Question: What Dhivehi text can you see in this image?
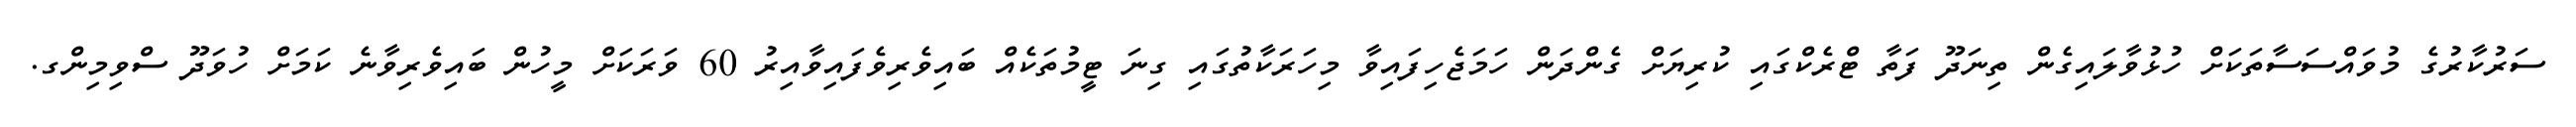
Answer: ސަރުކާރުގެ މުވައްސަސާތަކަށް ހުޅުވާލައިގެން ތިނަދޫ ފަތާ ޓްރެކްގައި ކުރިޔަށް ގެންދަން ހަމަޖެހިފައިވާ މިހަރަކާތުގައި ގިނަ ޓީމުތަކެއް ބައިވެރިވެފައިވާއިރު 60 ވަރަކަށް މީހުން ބައިވެރިވާނެ ކަމަށް ހުވަދޫ ސްވިމިންގ.